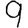
Digit: 9